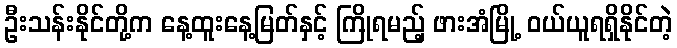
ဦးသန်းနိုင်တို့က နေ့ထူးနေ့မြတ်နှင့် ကြိုရမည့် ဖားအံမြို့ ဝယ်ယူရရှိနိုင်တဲ့